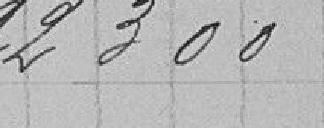
22300